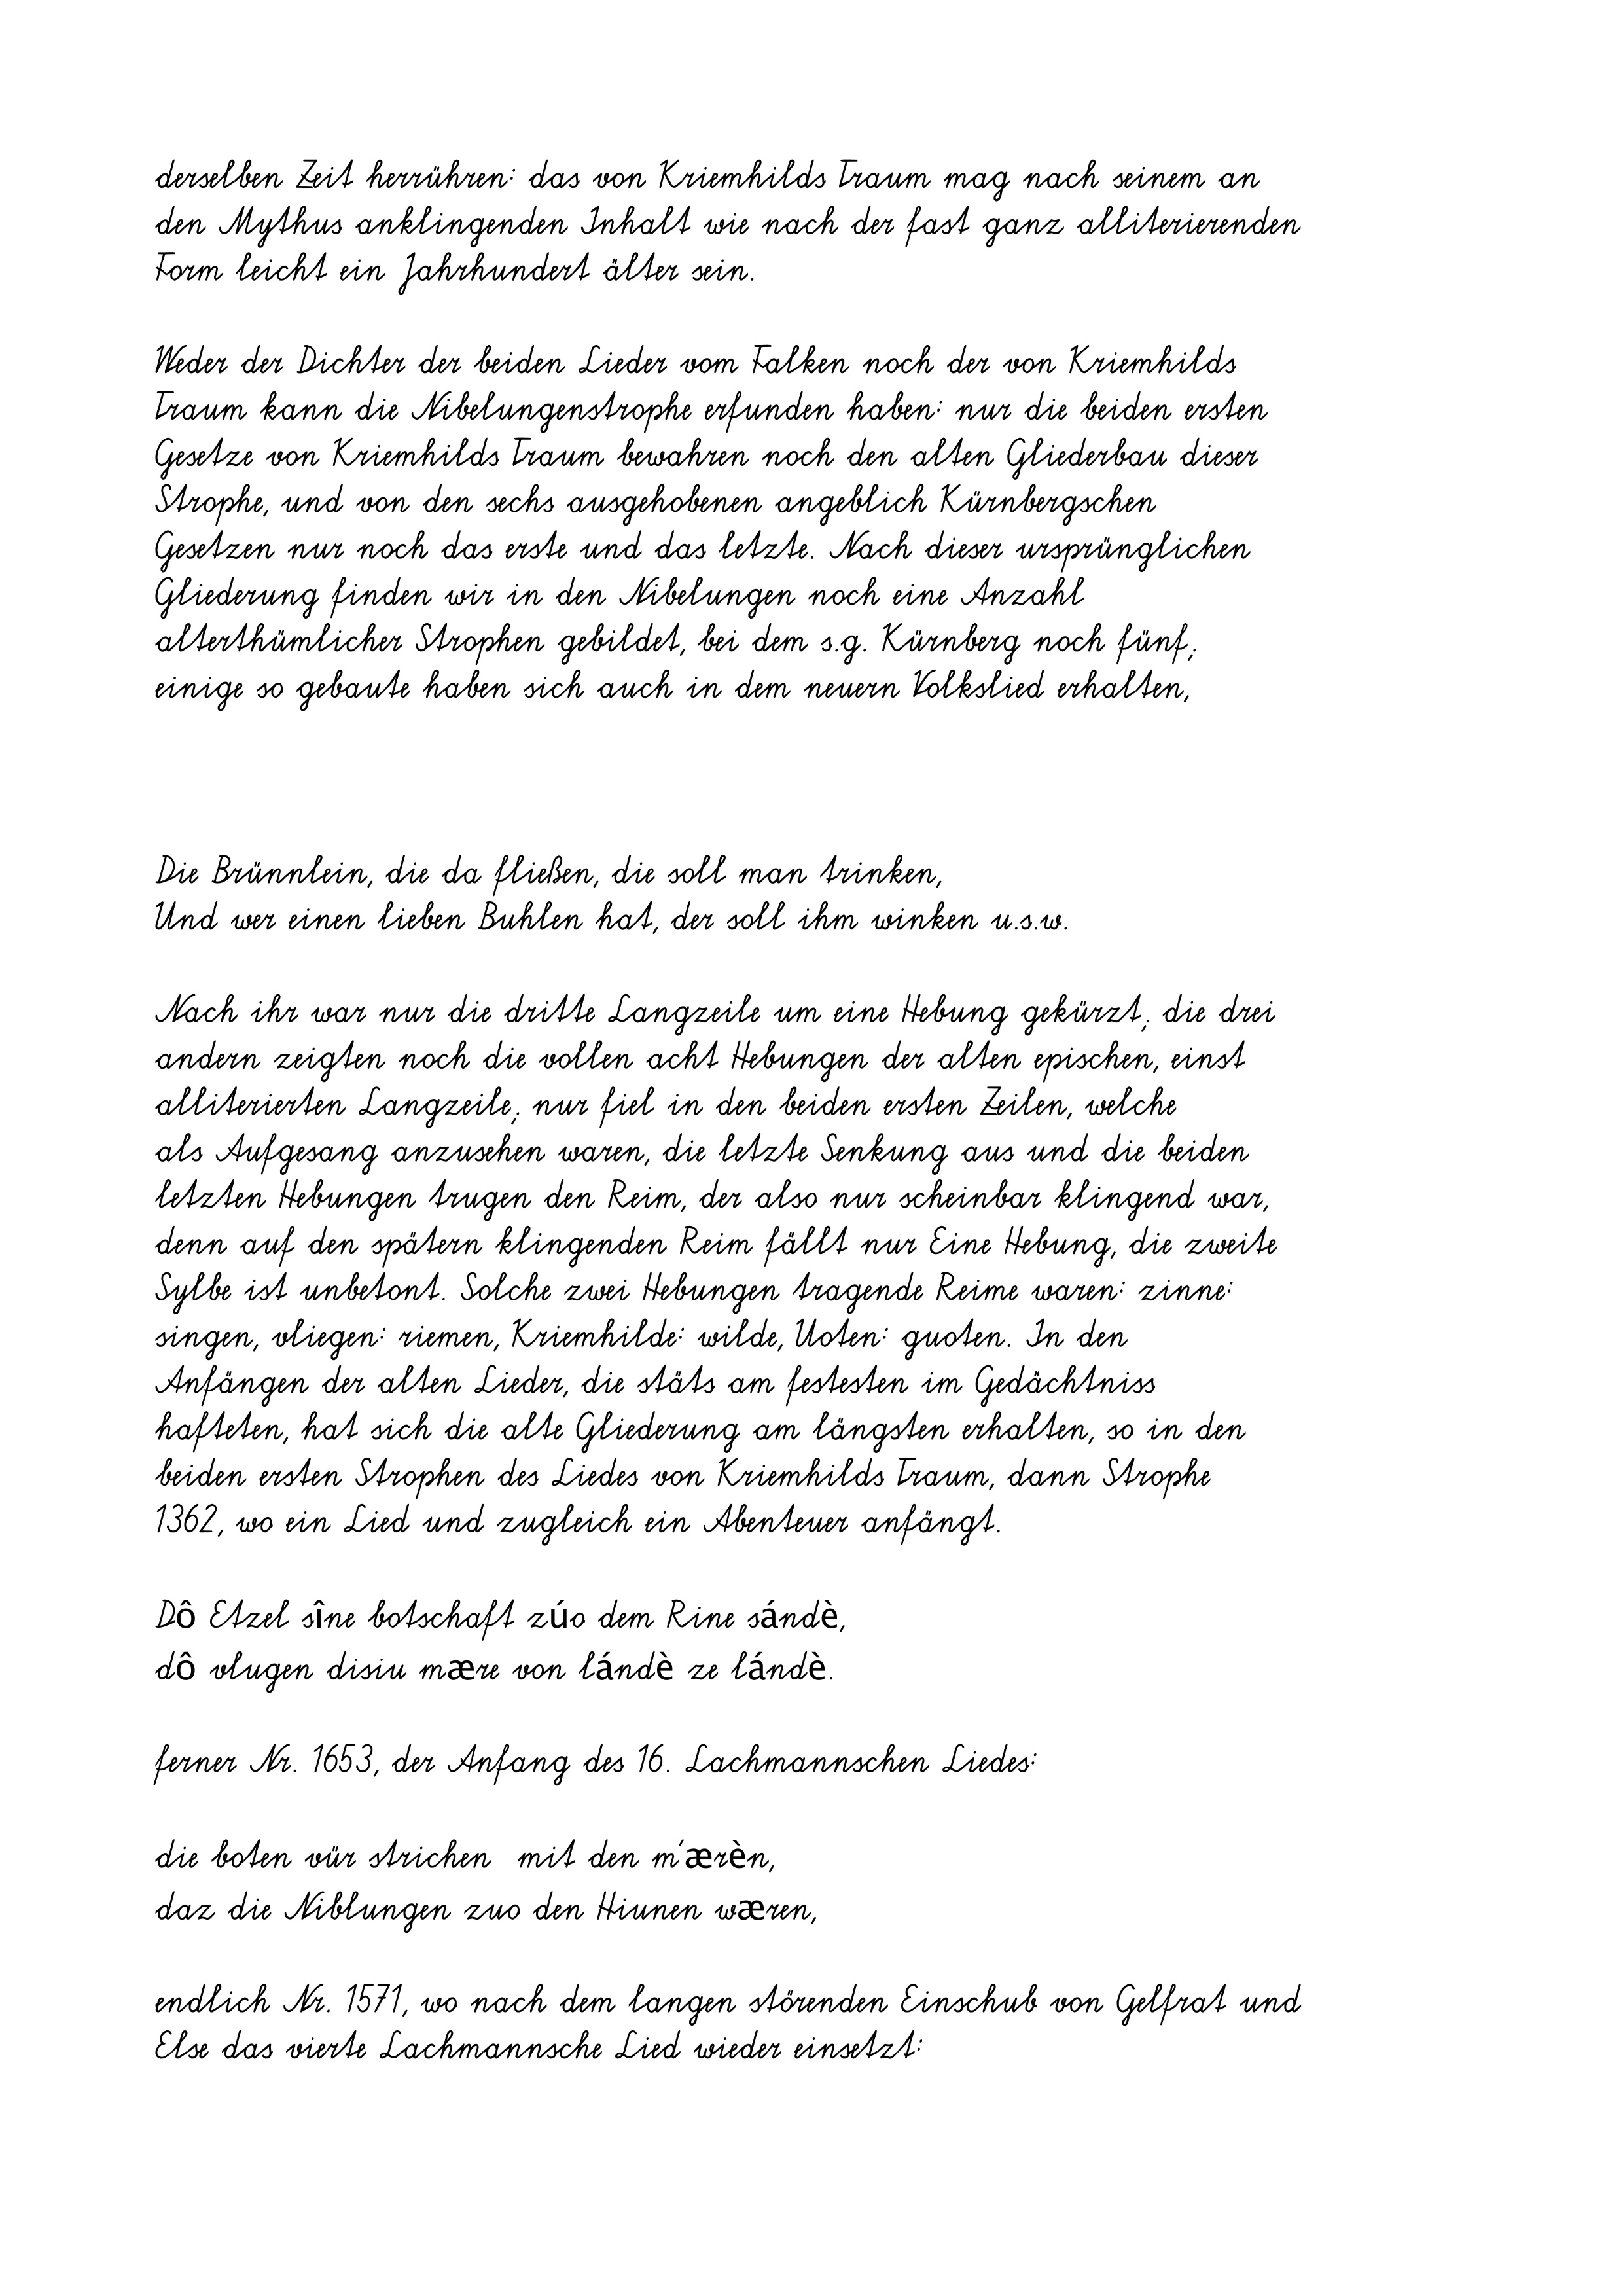
derselben Zeit herrühren: das von Kriemhilds Traum mag nach seinem an
den Mythus anklingenden Inhalt wie nach der fast ganz alliterierenden
Form leicht ein Jahrhundert älter sein.
Weder der Dichter der beiden Lieder vom Falken noch der von Kriemhilds
Traum kann die Nibelungenstrophe erfunden haben: nur die beiden ersten
Gesetze von Kriemhilds Traum bewahren noch den alten Gliederbau dieser
Strophe, und von den sechs ausgehobenen angeblich Kürnbergschen
Gesetzen nur noch das erste und das letzte. Nach dieser ursprünglichen
Gliederung finden wir in den Nibelungen noch eine Anzahl
alterthümlicher Strophen gebildet, bei dem s.g. Kürnberg noch fünf;
einige so gebaute haben sich auch in dem neuern Volkslied erhalten,
Die Brünnlein, die da fließen, die soll man trinken,
Und wer einen lieben Buhlen hat, der soll ihm winken u.s.w.
Nach ihr war nur die dritte Langzeile um eine Hebung gekürzt; die drei
andern zeigten noch die vollen acht Hebungen der alten epischen, einst
alliterierten Langzeile; nur fiel in den beiden ersten Zeilen, welche
als Aufgesang anzusehen waren, die letzte Senkung aus und die beiden
letzten Hebungen trugen den Reim, der also nur scheinbar klingend war,
denn auf den spätern klingenden Reim fällt nur Eine Hebung, die zweite
Sylbe ist unbetont. Solche zwei Hebungen tragende Reime waren: zinne:
singen, vliegen: riemen, Kriemhilde: wilde, Uoten: guoten. In den
Anfängen der alten Lieder, die stäts am festesten im Gedächtniss
hafteten, hat sich die alte Gliederung am längsten erhalten, so in den
beiden ersten Strophen des Liedes von Kriemhilds Traum, dann Strophe
1362, wo ein Lied und zugleich ein Abenteuer anfängt.
Dô Etzel sîne botschaft zúo dem Rine sándè,
dô vlugen disiu mære von lándè ze lándè.
ferner Nr. 1653, der Anfang des 16. Lachmannschen Liedes:
die boten vür strichen  mit den m'ærèn,
daz die Niblungen zuo den Hiunen wæren,
endlich Nr. 1571, wo nach dem langen störenden Einschub von Gelfrat und
Else das vierte Lachmannsche Lied wieder einsetzt: